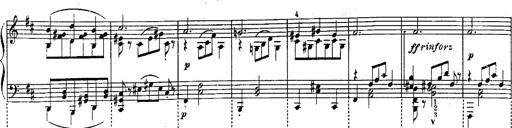
Title: Schubert's Impromptus [revised and edited by Franz Liszt]
Composer: Franz Liszt